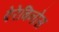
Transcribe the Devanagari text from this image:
ऐरेबिनोस